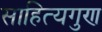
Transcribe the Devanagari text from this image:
साहित्यगुण